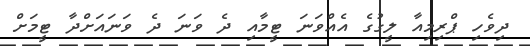
ދިވެހި ޕްރިމިއާ ލީގުގެ އެއްވަނަ ޓީމާއި ދެ ވަނަ ދެ ވަނައަށްދާ ޓީމަށް